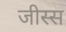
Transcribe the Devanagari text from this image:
जीस्स